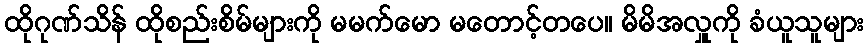
ထိုဂုဏ်သိန် ထိုစည်းစိမ်များကို မမက်မော မတောင့်တပေ။ မိမိအလှူကို ခံယူသူများ